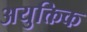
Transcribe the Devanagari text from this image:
अयुक्तिक